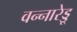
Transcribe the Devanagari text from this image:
वन्नारेड्डू